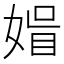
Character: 𡟤